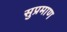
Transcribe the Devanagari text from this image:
सुप्रमाण